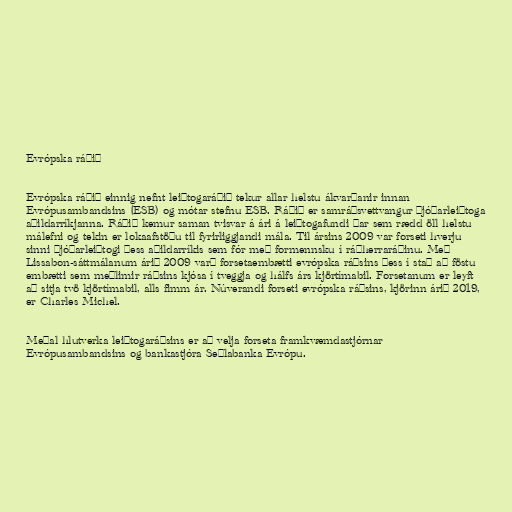
Evrópska ráðið

Evrópska ráðið einnig nefnt leiðtogaráðið tekur allar helstu ákvarðanir innan
Evrópusambandsins (ESB) og mótar stefnu ESB. Ráðið er samráðsvettvangur þjóðarleiðtoga
aðildarríkjanna. Ráðið kemur saman tvisvar á ári á leiðtogafundi þar sem rædd öll helstu
málefni og tekin er lokaafstöðu til fyrirliggjandi mála. Til ársins 2009 var forseti hverju
sinni þjóðarleiðtogi þess aðildarríkis sem fór með formennsku í ráðherraráðinu. Með
Lissabon-sáttmálanum árið 2009 varð forsetaembætti evrópska ráðsins þess í stað að föstu
embætti sem meðlimir ráðsins kjósa í tveggja og hálfs árs kjörtímabil. Forsetanum er leyft
að sitja tvö kjörtímabil, alls fimm ár. Núverandi forseti evrópska ráðsins, kjörinn árið 2019,
er Charles Michel.

Meðal hlutverka leiðtogaráðsins er að velja forseta framkvæmdastjórnar
Evrópusambandsins og bankastjóra Seðlabanka Evrópu.